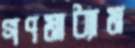
গণমাধ্যাম